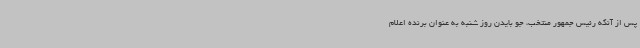
پس از آنکه رئیس جمهور منتخب، جو بایدن روز شنبه به عنوان برنده اعلام